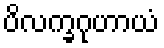
ပိလက္ခဂုဟာယံ